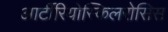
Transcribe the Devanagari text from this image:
आर्टीरियोस्किलरोसिस